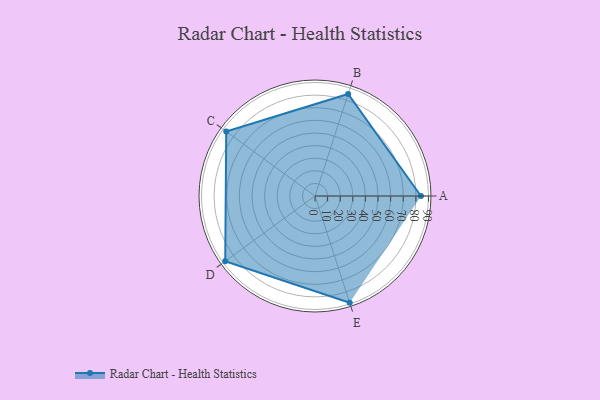
{"axis": {"x": "Skill", "y": "Score"}, "legend": ["Profile"], "data": [{"x": "A", "y": 84.0, "type": "Profile"}, {"x": "B", "y": 85.0, "type": "Profile"}, {"x": "C", "y": 87.0, "type": "Profile"}, {"x": "D", "y": 88.0, "type": "Profile"}, {"x": "E", "y": 89.0, "type": "Profile"}]}